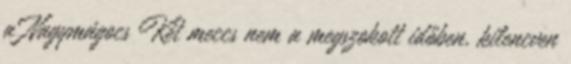
a Nagymágocs Két meccs nem a megszokott időben, kilencven